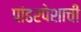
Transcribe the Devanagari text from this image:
पांढरपेशाची